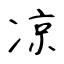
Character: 凉